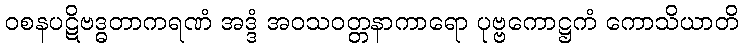
ဝစနပဋိဗဒ္ဓတာကရဏံ အဒ္ဒံ အဝသဝတ္တနာကာရော ပုဗ္ဗကောဋ္ဌကံ ကောသိယာတိ